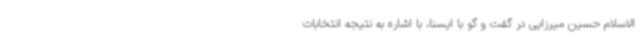
الاسلام حسین میرزایی در گفت و گو با ایسنا، با اشاره به نتیجه انتخابات